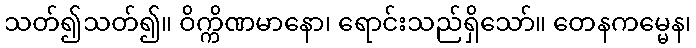
သတ်၍သတ်၍။ ဝိက္ကိဏမာနော၊ ရောင်းသည်ရှိသော်။ တေနကမ္မေန၊